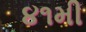
૪૧મી